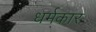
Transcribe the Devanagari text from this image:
धर्मकार